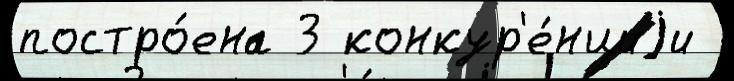
постро́ена 3 конкур'е́нциjи